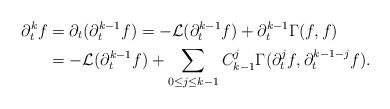
LaTeX: \begin{align*}\partial_t^k f&=\partial_t (\partial_t^{k-1}f)=-\mathcal L(\partial_t^{k-1} f)+\partial_t^{k-1} \Gamma(f, f)\\&=-\mathcal L(\partial_t^{k-1} f)+\sum_{0\le j\le k-1}C^j_{k-1}\Gamma(\partial^j_tf,\partial^{k-1-j}_tf).\end{align*}